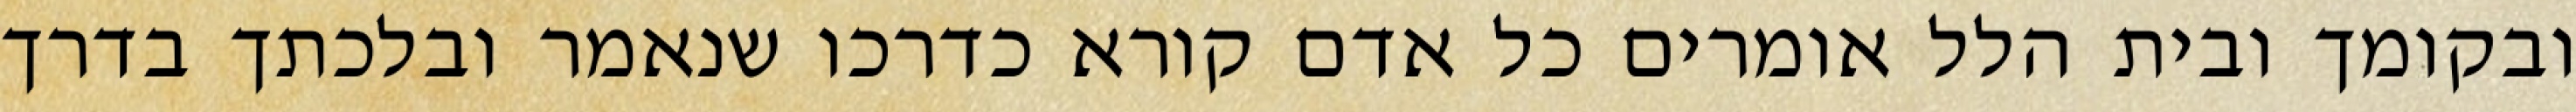
ובקומך ובית הלל אומרים כל אדם קורא כדרכו שנאמר ובלכתך בדרך